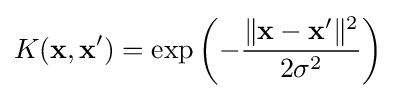
K(\mathbf {x} ,\mathbf {x'} )=\exp \left(-{\frac {\|\mathbf {x} -\mathbf {x'} \|^{2}}{2\sigma ^{2}}}\right)